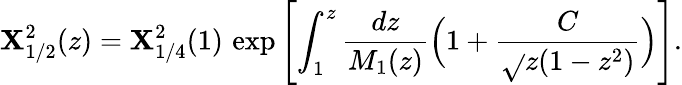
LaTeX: \mathbf{X}_{1/2}^{2}(z)=\mathbf{X}_{1/4}^{2}(1)\, \exp\left[\int_{1}^{z}{\frac{{dz}}{{M_{1}(z)}}}\Bigl(1+{\frac{{C}}{{\sqrt{}{{z(1-z^{2})}}}}}\Bigr)\right].